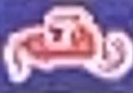
رقم